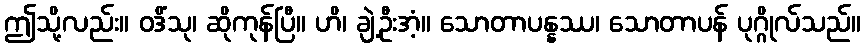
ဤသို့လည်း။ ဝဒိံသု၊ ဆိုကုန်ပြီ။ ဟိ၊ ချဲ့ဦးအံ့။ သောတာပန္နဿ၊ သောတာပန် ပုဂ္ဂိုလ်သည်။